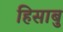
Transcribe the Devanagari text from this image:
हिसाबु